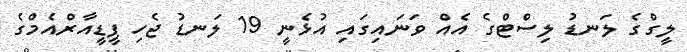
ލީގްގެ ލަނޑު ލިސްޓްގެ އެއް ވަނައިގައި އުޅެނީ 19 ލަނޑު ޖެހި ޕީީޑީއާރްއެމްގެ